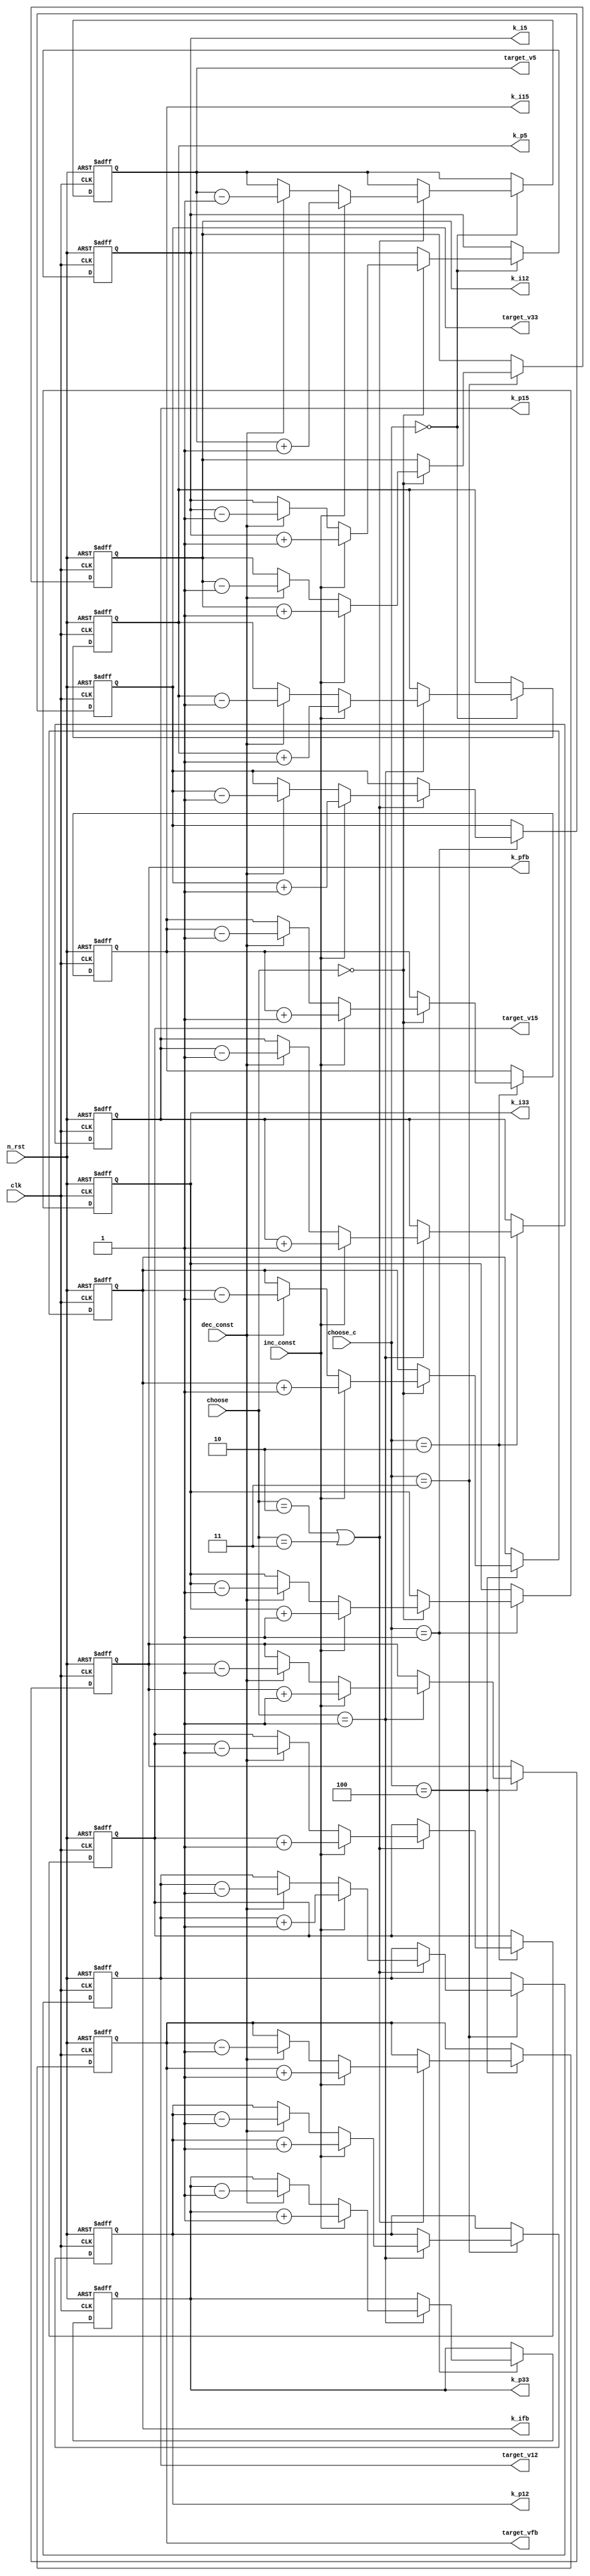
module constant_gen #(
    parameter ADC_WIDTH = 13
)(
    input clk, n_rst,
    input inc_const, dec_const,
    input [3:0] choose_c, choose,
    output reg [ADC_WIDTH-1:0] k_i5, k_p5, target_v5,
    output reg [ADC_WIDTH-1:0] k_i33, k_p33, target_v33,
    output reg [ADC_WIDTH-1:0] k_i12, k_p12, target_v12,
    output reg [ADC_WIDTH-1:0] k_i15, k_p15, target_v15,
    output reg [ADC_WIDTH-1:0] k_ifb, k_pfb, target_vfb
    //output [15:0] pre_delay, post_delay,
    //output [2:0] choosec
);

reg [15:0] pre_delayreg, post_delayreg;
reg [ADC_WIDTH-2:0] k_ireg, k_dreg, k_preg, vd_reg;

//assign cur_k = (choose_c == 'd0) ? (choose == 'd0) ? k_i5 : k_p5 : 
//    (choose_c == 'd1) ? (choose == 'd0) ? k_i33 : k_p33 : 
//    (choose_c == 'd2) ? (choose == 'd0) ? k_i15 : k_p15 : 
//    (choose_c == 'd3) ? (choose == 'd0) ? k_i12 : k_p12 : 
//    (choose_c == 'd4) ? (choose == 'd0) ? k_ifb : k_pfb : '0;

/*
always @ (posedge clk, negedge n_rst) begin
    if (n_rst == 0) begin
        choose <= '0;
    end else if (choose_const) begin
        choose <= choose + 'd1;
    end
end
*/
always @ (posedge clk, negedge n_rst) begin
    if (n_rst == 0) begin
        k_i5 <= 'd45;
        k_p5 <= 'd14;
        target_v5 <= 'd2057;
    end else if (choose_c == 'd0) begin
        if (choose == 'd0) begin
            if (inc_const) begin
                k_i5 <= k_i5 + 'd1;
            end
            else if (dec_const) begin
                k_i5 <= k_i5 - 'd1;
            end
        end
        if (choose == 'd1) begin
            if (inc_const) begin
                k_p5 <= k_p5 + 'd1;
            end
            else if (dec_const) begin
                k_p5 <= k_p5 - 'd1;
            end
        end
        if (choose == 'd2 | choose == 'd3) begin
            if (inc_const) begin
                target_v5 <= target_v5 + 'd1;
            end
            else if (dec_const) begin
                target_v5 <= target_v5 - 'd1;
            end
        end
    end
end

always @ (posedge clk, negedge n_rst) begin
    if (n_rst == 0) begin
        k_i33 <= 'd32;
        k_p33 <= 'd16;
        target_v33 <= 'd2048;
    end else if (choose_c == 'd1) begin
        if (choose == 'd0) begin
            if (inc_const) begin
                k_i33 <= k_i33 + 'd1;
            end
            else if (dec_const) begin
                k_i33 <= k_i33 - 'd1;
            end
        end
        if (choose == 'd1) begin
            if (inc_const) begin
                k_p33 <= k_p33 + 'd1;
            end
            else if (dec_const) begin
                k_p33 <= k_p33 - 'd1;
            end
        end
        if (choose == 'd2 | choose == 'd3) begin
            if (inc_const) begin
                target_v33 <= target_v33 + 'd1;
            end
            else if (dec_const) begin
                target_v33 <= target_v33 - 'd1;
            end
        end
    end
end

always @ (posedge clk, negedge n_rst) begin
    if (n_rst == 0) begin
        k_i15 <= 'd32;
        k_p15 <= 'd32;
        target_v15 <= 'd2158;
    end else if (choose_c == 'd2) begin
        if (choose == 'd0) begin
            if (inc_const) begin
                k_i15 <= k_i15 + 'd1;
            end
            else if (dec_const) begin
                k_i15 <= k_i15 - 'd1;
            end
        end
        if (choose == 'd1) begin
            if (inc_const) begin
                k_p15 <= k_p15 + 'd1;
            end
            else if (dec_const) begin
                k_p15 <= k_p15 - 'd1;
            end
        end
        if (choose == 'd2 | choose == 'd3) begin
            if (inc_const) begin
                target_v15 <= target_v15 + 'd1;
            end
            else if (dec_const) begin
                target_v15 <= target_v15 - 'd1;
            end
        end
    end
end

always @ (posedge clk, negedge n_rst) begin
    if (n_rst == 0) begin
        k_i12 <= 'd4;
        k_p12 <= 'd4;
        target_v12 <= 'd2080;
    end else if (choose_c == 'd3) begin
        if (choose == 'd0) begin
            if (inc_const) begin
                k_i12 <= k_i12 + 'd1;
            end
            else if (dec_const) begin
                k_i12 <= k_i12 - 'd1;
            end
        end
        if (choose == 'd1) begin
            if (inc_const) begin
                k_p12 <= k_p12 + 'd1;
            end
            else if (dec_const) begin
                k_p12 <= k_p12 - 'd1;
            end
        end
        if (choose == 'd2 | choose == 'd3) begin
            if (inc_const) begin
                target_v12 <= target_v12 + 'd1;
            end
            else if (dec_const) begin
                target_v12 <= target_v12 - 'd1;
            end
        end
    end
end

always @ (posedge clk, negedge n_rst) begin
    if (n_rst == 0) begin
        k_ifb <= 'd32;
        k_pfb <= 'd16;
        target_vfb <= 'd2048;
    end else if (choose_c == 'd4) begin
        if (choose == 'd0) begin
            if (inc_const) begin
                k_ifb <= k_ifb + 'd1;
            end
            else if (dec_const) begin
                k_ifb <= k_ifb - 'd1;
            end
        end
        if (choose == 'd1) begin
            if (inc_const) begin
                k_pfb <= k_pfb + 'd1;
            end
            else if (dec_const) begin
                k_pfb <= k_pfb - 'd1;
            end
        end
        if (choose == 'd2 | choose == 'd3) begin
            if (inc_const) begin
                target_vfb <= target_vfb + 'd1;
            end
            else if (dec_const) begin
                target_vfb <= target_vfb - 'd1;
            end
        end
    end
end

/*
always @ (posedge clk, negedge n_rst) begin
    if (n_rst == 0) begin
        choose <= '0;
        k_ireg <= 'd80;
        k_dreg <= 'd0;
        k_preg <= 'd64;
        //vd_reg <= 'd1406;
        //vd_reg <= 'd0;
        //pre_delayreg <= 'd59;
        //post_delayreg <= 'd69;
    end else if (inc_const == 1) begin
        if (choose == 'd0) begin
            pre_delayreg <= pre_delayreg + 'd1;
        end else if (choose == 'd1) begin
            post_delayreg <= post_delayreg + 'd1;
        end
    end else if (dec_const == 1) begin
        if (choose == 'd0) begin
            pre_delayreg <= pre_delayreg - 'd1;
        end else if (choose == 'd1) begin
            post_delayreg <= post_delayreg - 'd1;
        end
    end else if (choose_const == 1) begin
        if (choose < 'd1) begin
            choose <= choose + 'd1;
        end else begin
            choose <= '0;
        end
    end
end

assign pre_delay = pre_delayreg;
assign post_delay = post_delayreg;
assign cur_k = (choose == 'd0) ? pre_delay : post_delay;
assign choosec = choose;
assign k_i = {1'b0, k_ireg};
assign k_p = {1'b0, k_preg};
assign k_d = {1'b0, k_dreg};
assign vd = {1'b0, vd_reg};

always @ (posedge clk, negedge n_rst) begin
    if (n_rst == 0) begin
        choose <= '0;
        k_ireg <= 'd80;
        k_dreg <= 'd0;
        k_preg <= 'd64;
        //vd_reg <= 'd1406;
        //vd_reg <= 'd0;
        //pre_delayreg <= 'd59;
        //post_delayreg <= 'd69;
    end else if (inc_const == 1) begin
        if (choose == 'd0) begin
            pre_delayreg <= pre_delayreg + 'd1;
        end else if (choose == 'd1) begin
            post_delayreg <= post_delayreg + 'd1;
        end
    end else if (dec_const == 1) begin
        if (choose == 'd0) begin
            pre_delayreg <= pre_delayreg - 'd1;
        end else if (choose == 'd1) begin
            post_delayreg <= post_delayreg - 'd1;
        end
    end else if (choose_const == 1) begin
        if (choose < 'd1) begin
            choose <= choose + 'd1;
        end else begin
            choose <= '0;
        end
    end
end

assign pre_delay = pre_delayreg;
assign post_delay = post_delayreg;
assign cur_k = (choose == 'd0) ? pre_delay : post_delay;
assign choosec = choose;
assign k_i = {1'b0, k_ireg};
assign k_p = {1'b0, k_preg};
assign k_d = {1'b0, k_dreg};
assign vd = {1'b0, vd_reg};

/*
always @ (posedge clk, negedge n_rst) begin
    if (n_rst == 0) begin
        choose <= '0;
        k_ireg <= 'd80;
        k_dreg <= 'd0;
        k_preg <= 'd64;
        vd_reg <= 'd1406;
        pre_delayreg <= 'd59;
        post_delayreg <= 'd69;
    end else if (inc_const == 1) begin
        if (choose == 'd0) begin
            k_ireg <= k_ireg + 1;
        end else if (choose == 'd1) begin
            k_preg <= k_preg + 1;
        end else if (choose == 'd2) begin
            k_dreg <= k_dreg + 1;
        end else if (choose == 'd3) begin
            vd_reg <= vd_reg + 12'd32;
        end
    end else if (dec_const == 1) begin
        if (choose == 'd0) begin
            k_ireg <= k_ireg - 1;
        end else if (choose == 'd1) begin
            k_preg <= k_preg - 1;
        end else if (choose == 'd2) begin
            k_dreg <= k_dreg - 1;
        end else if (choose == 'd3) begin
            vd_reg <= vd_reg - 12'd32;
        end
    end else if (choose_const == 1) begin
        if (choose < 'd5) begin
            choose <= choose + 1;
        end else begin
            choose <= '0;
        end
    end
end

assign pre_delay = pre_delayreg;
assign post_delay = post_delayreg;
assign cur_k = (choose == 'd0) ? k_ireg : (choose == 'd1) ? k_preg : (choose == 'd2) ? k_dreg : vd;
assign choosec = choose;
assign k_i = {1'b0, k_ireg};
assign k_p = {1'b0, k_preg};
assign k_d = {1'b0, k_dreg};
assign vd = {1'b0, vd_reg};
*/

endmodule